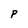
Character: P